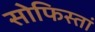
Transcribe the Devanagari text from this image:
सोफिस्तां